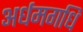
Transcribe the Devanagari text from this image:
अर्धमगधि